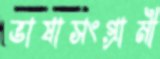
ভাষাসংগ্রামী